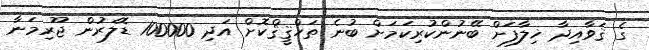
ގެ ޤަވާއިދާ ޚިލާފަށް ބޭނުންކުރިކަމަށް ބުނެ ތަހްޤީޤްކޮށް އަދި 100000 ޑޮލަރުން ޖޫރިމަނާ